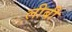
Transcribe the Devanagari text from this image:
लीबी